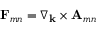
\mathbf { F } _ { m n } = \nabla _ { \mathbf { k } } \times \mathbf { A } _ { m n }